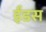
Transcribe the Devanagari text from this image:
ईंडस